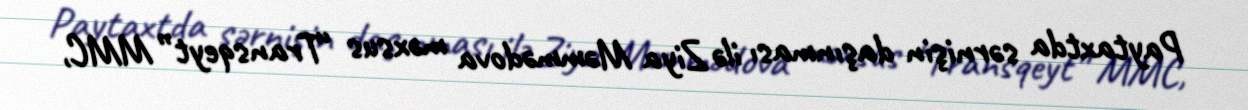
Paytaxtda sərnişin daşınması ilə Ziya Məmmədova məxsus “Transqeyt” MMC,